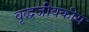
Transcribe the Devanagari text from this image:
वृद्धजीवकीय